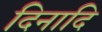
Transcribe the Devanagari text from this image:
दिनादि